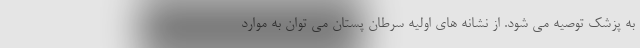
به پزشک توصیه می شود. از نشانه های اولیه سرطان پستان می توان به موارد